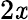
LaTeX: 2\mathit{x}